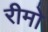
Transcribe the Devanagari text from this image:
रीमो